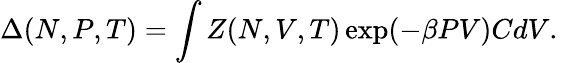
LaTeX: \Delta(N,P,T)=\int Z(N,V,T)\exp(-\beta PV)CdV.\,